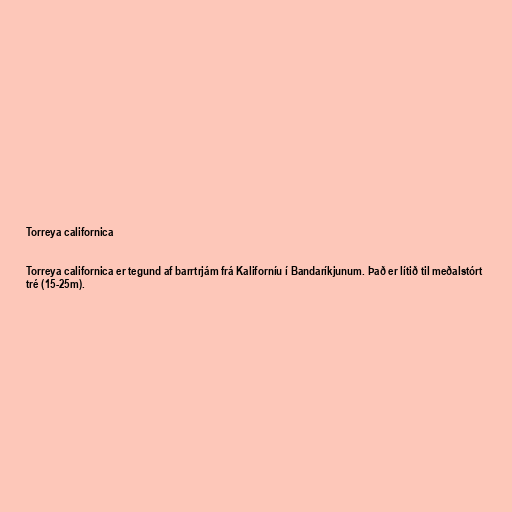
Torreya californica

Torreya californica er tegund af barrtrjám frá Kaliforníu í Bandaríkjunum. Það er lítið til meðalstórt
tré (15-25m).